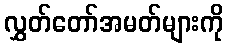
လွှတ်တော်အမတ်များကို